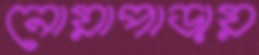
নোয়াপাড়ায়